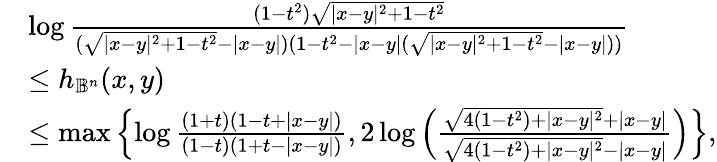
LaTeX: \begin{array}{rl}&{\log\frac{(1-t^{2})\sqrt{|x-y|^{2}+1-t^{2}}}{(\sqrt{|x-y|^{2}+1-t^{2}}-|x-y|)(1-t^{2}-|x-y|(\sqrt{|x-y|^{2}+1-t^{2}}-|x-y|))}}\\ &{\leq h_{\mathbb{B}^{n}}(x,y)}\\ &{\leq\operatorname*{max}\left\{ \log\frac{(1+t)(1-t+|x-y|)}{(1-t)(1+t-|x-y|)},2\log\left(\frac{\sqrt{4(1-t^{2})+|x-y|^{2}}+|x-y|}{\sqrt{4(1-t^{2})+|x-y|^{2}}-|x-y|}\right)\right\} ,}\end{array}